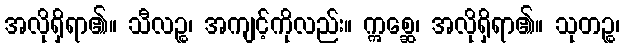
အလိုရှိရာ၏။ သီလဉ္စ၊ အကျင့်ကိုလည်း။ ဣစ္ဆေ၊ အလိုရှိရာ၏။ သုတဉ္စ၊